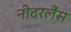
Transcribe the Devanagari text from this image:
नीदरलैंस